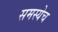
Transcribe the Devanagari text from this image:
समस्येच